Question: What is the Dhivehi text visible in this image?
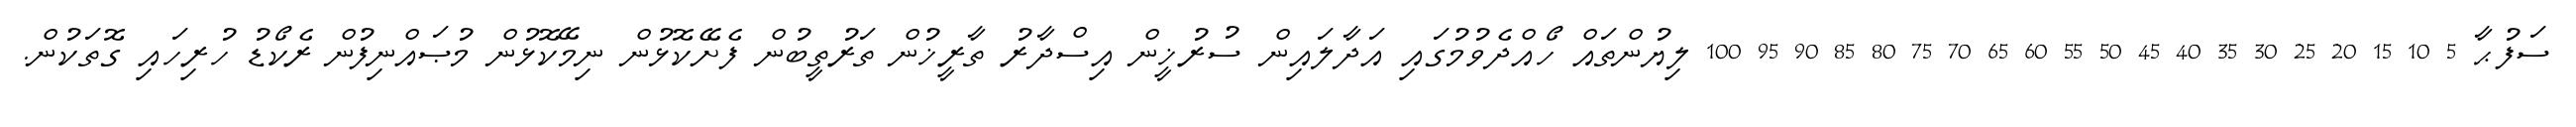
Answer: ސަފުޙާ 5 10 15 20 25 30 35 40 45 50 55 60 65 70 75 80 85 90 95 100 ލިޔުންތައް ހޯއްދެވުމުގައި އަދާލައިން ސުރުޚީން އިސްދާރު ތާރީޚުން ތަރުތީބުން ފެށޭކޮޅުން ނިމޭކޮޅުން މުޞައްނިފުން ރެކޯޑު ހުރިހައި ގޮތަކުން.